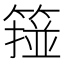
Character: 𥲵